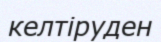
келтіруден